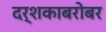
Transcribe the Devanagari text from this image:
दर्शकाबरोबर